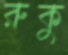
রুকু